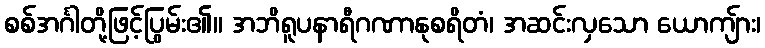
စစ်အင်္ဂါတို့ဖြင့်ပြွမ်း၏။ အဘိရူပနာရီဂဏာနုစရိတံ၊ အဆင်းလှသော ယောကျ်ား၊